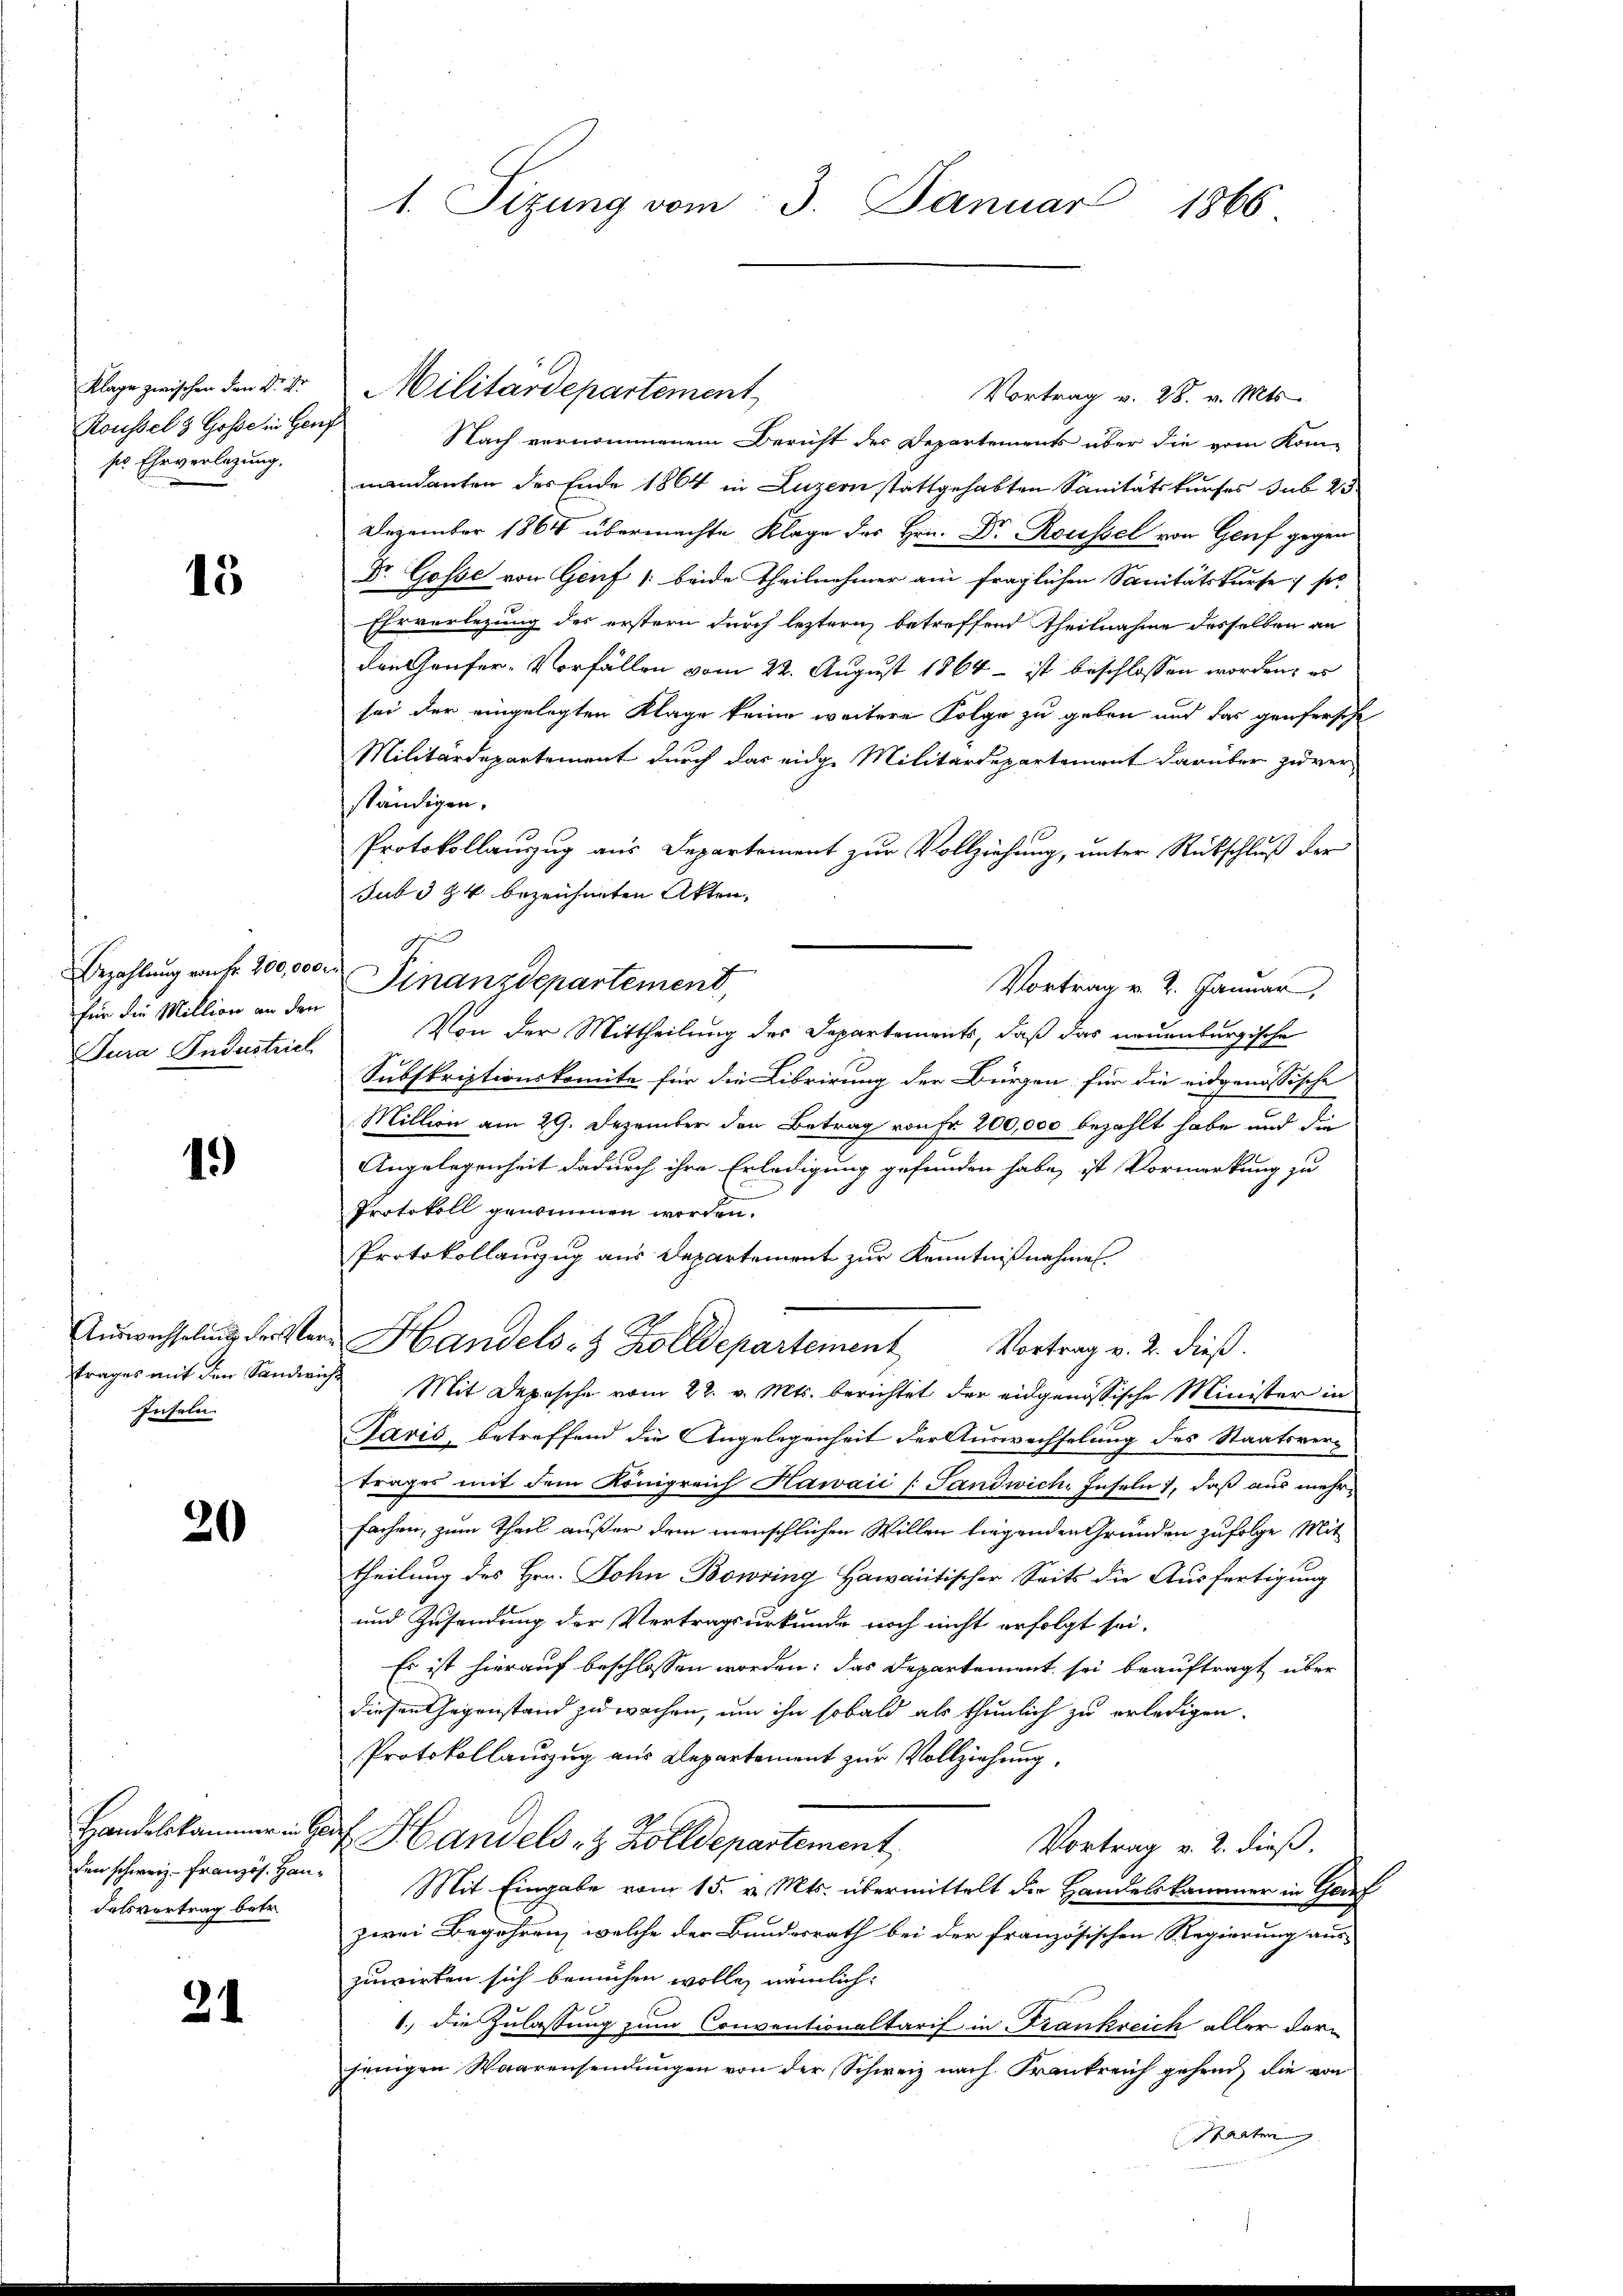
Klage zwischen den Dr. Fr
Roussel & Gosse in Genf
ser Ehrverlegung.

15

für die Million an den
Jura Industrich

1.)

Inseln

20

delsvertrag betr.

31

1. Sizung vom 3. Januar 1866

Vortrag v. 28. v. Mts.
Nach vernommenem Bericht der Departements über die vom Kom-
mandanten des Ende 1864 in Luzern stattgehabten Sanitätskurses sub 25
Dezember 1864 übermachte Klage des Hrn. Dr Roussel von Genf gegen
Dr. Gosse von Genf (beide Theilnehmer am fraglichen Sanitätskurse so
Ehrverlegung des erstern durch leztern betreffend Theilnahme desselben an
den Genfer-Vorfällen vom 22. August 1864 – ist beschlossen worden, es
sei der eingelegten Klage keine weitere Folge zu geben und das genfersche
Militärdepartement durch das eidge Militärdepartement darüber zu ver-
ständigen.
Protokollanzug aus Departement zur Vollziehung, unter Rütschluß der
Jub § § 4 bezeichneten Akten,
Vortrag v. 2. Januar,
Von der Mittheilung des Departements, daß das neuenburgische
Subskriptionskomite für die Librirung der Bürgen für die eidgenössische
Million am 29. Dezember den Betrag von Fr. 200,000 bezahlt habe und die
Angelegenheit dadurch ihre Erledigung gefunden habe, ist Vormerkung zu
Protokoll genommen worden.
Protokollauszug aus Departement zur Kenntnißnahmen.
Auswechselung der Herrn Handels- & Zolldepartement Vortrag v. 2. dieß.
trages mit den Sandwig Mit Depesche vom 22. v. Mts. berichtet der eidgenössische Minister in
Jaris, betreffend die Angelegenheit der Auswechselung des Staatsvertrages mit dem Königreich Hawaić / Sandwich, Inseln, daß aus mehrfachen, zum Theil außer dem menschlichen Willen liegenden Gründen zufolge Mit
theilung des Hrn. John Bowring Hawaitischer Seits die Ausfertigung
und Zusendung der Vertragsurkunde noch nicht erfolgt sei.
Es ist hierauf beschlossen worden: das Departement sei beauftragt über
diesen Gegenstand zu wachen, um ihn sobald als thunlich zu erledigen.
Protokollauszug aus Departement zur Vollziehung,
Handelskammer in Herr Handels- & Zolldepartement,
Vortrag v. 2. dieß.
den schweiz. Französ. Han¬ Mit Eingabe vom 15. v. Mts. übermittelt die Handelskammer in Gef
zwei Begehren, welche der Bundesrath bei der französischen Regierung aus-
zuwirken sich bemühen wolle, nämlich:
1., die Zulassung zum Conventionaltarif in Frankreich aller dorjenigen Waarensendungen von der Schweiz nach Frankreich gehend die von
Staaten

d
Bezahlung von fr. 200,000 Finanzdepartement,

Militärdepartement